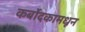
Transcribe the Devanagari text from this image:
कर्बोदकामधून